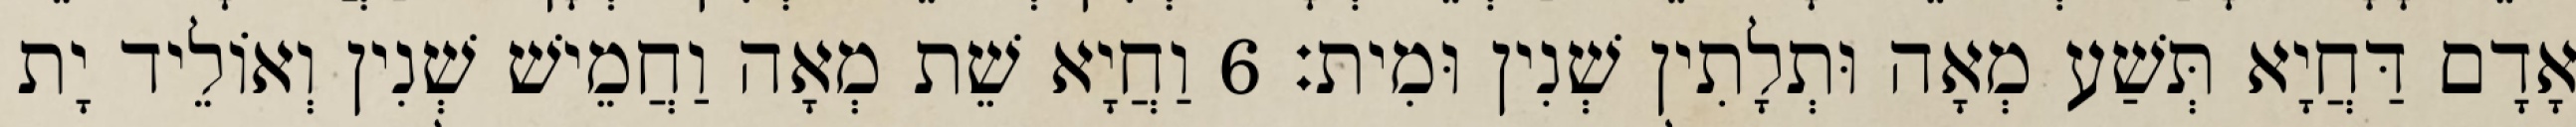
אָדָם דַּחֲיָא תְּשַׁע מְאָה וּתְלָתִין שְׁנִין וּמִית׃ 6 וַחֲיָא שֵׁת מְאָה וַחֲמֵישׁ שְׁנִין וְאוֹלֵיד יָת